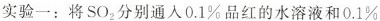
实验一：将SO_{2}分别通入0.1%品红的水溶液和0.1%